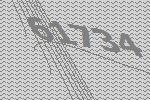
61734